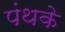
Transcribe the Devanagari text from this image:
पंथके